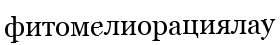
фитомелиорациялау